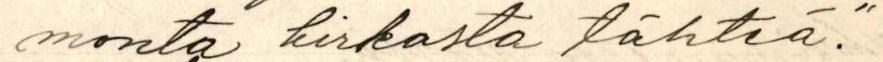
monta kirkasta tähteä."